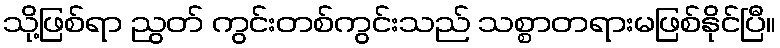
သို့ဖြစ်ရာ ညွတ် ကွင်းတစ်ကွင်းသည် သစ္စာတရားမဖြစ်နိုင်ပြီ။